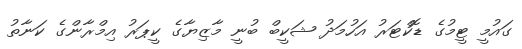
ގައުމީ ޓީމުގެ ޑޮކްޓަރު އަހުމަދު ޝަކީބް ބުނީ މާޒިޔާގެ ކީޕަރު އިމްރާންގެ ކަނާތު